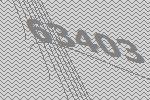
63403